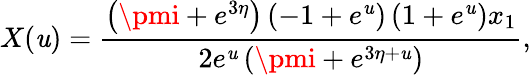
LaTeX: X(\mathit{u})={\frac{{\left(\pmi+e^{3\eta}\right)\left(-1+{e^{\mathit{u}}}\right)\left(1+{e^{\mathit{u}}}\right)x_{1}}}{{2{e^{\mathit{u}}}\left(\pmi+{e^{3\eta+\mathit{u}}}\right)}}},